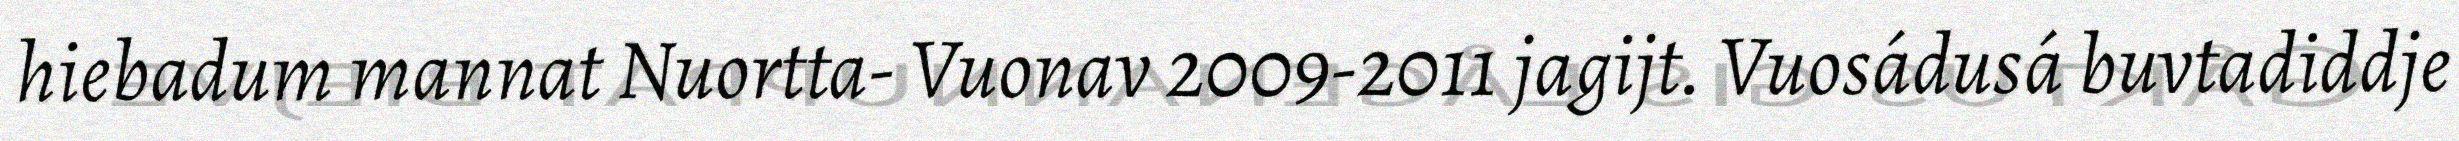
hiebadum mannat Nuortta- Vuonav 2009-2011 jagijt. Vuosádusá buvtadiddje